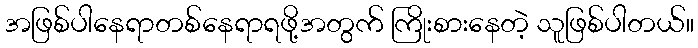
အဖြစ်ပါနေရာတစ်နေရာရဖို့အတွက် ကြိုးစားနေတဲ့ သူဖြစ်ပါတယ်။